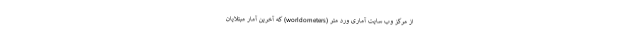
از مرکز وب سایت آماری ورد متر (worldometers) که آخرین آمار مبتلایان